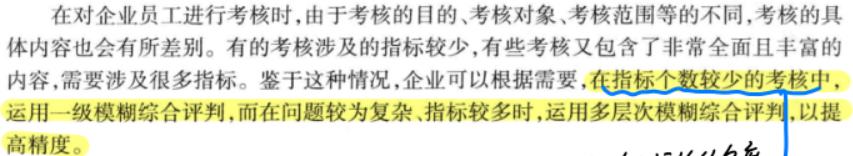
在对企业员工进行考核时，由于考核的目的、考核对象、考核范围等的不同，考核的具体内容也会有所差别。有的考核涉及的指标较少，有些考核又包含了非常全面且丰富的内容，需要涉及很多指标。鉴于这种情况，企业可以根据需要，在指标个数较少的考核中，运用一级模糊综合评判，而在问题较为复杂、指标较多时，运用多层次模糊综合评判，以提高精度。